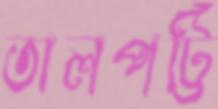
তালপট্টি